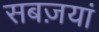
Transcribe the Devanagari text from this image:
सबज़यां